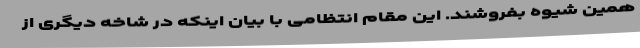
همین شیوه بفروشند. این مقام انتظامی با بیان اینکه در شاخه دیگری از